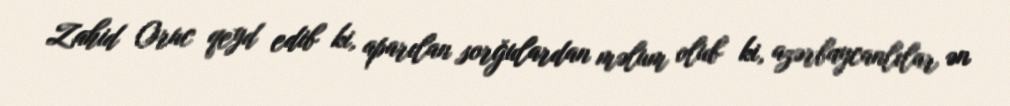
Zahid Oruc qeyd edib ki, aparılan sorğulardan məlum olub ki, azərbaycanlılar ən